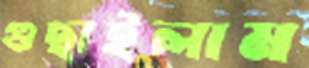
গুছাইলাম